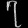
Digit: ၇